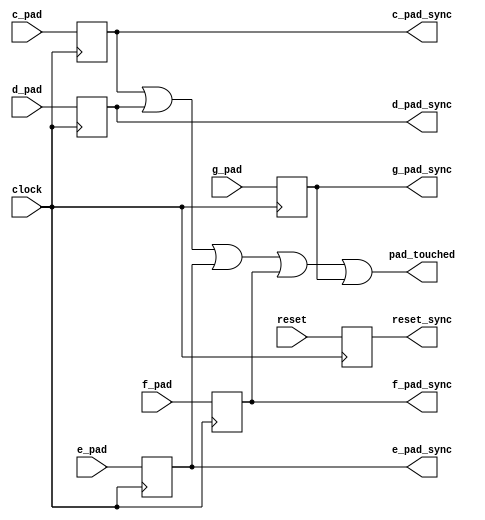
module debounce (
	input clock, 
	input reset, 
	input c_pad,
	input d_pad,
	input e_pad,
	input f_pad,
	input g_pad,
	output reg reset_sync,
	output reg c_pad_sync,
	output reg d_pad_sync,
	output reg e_pad_sync,
	output reg f_pad_sync,
	output reg g_pad_sync,
	output pad_touched
	);
	
	initial
		begin
			reset_sync <= 0;
			c_pad_sync <= 0;
			d_pad_sync <= 0;
			e_pad_sync <= 0;
			f_pad_sync <= 0;
			g_pad_sync <= 0;
		end
		
   always @(posedge clock)
		begin			
			reset_sync <= reset;
			c_pad_sync <= c_pad;
			d_pad_sync <= d_pad;
			e_pad_sync <= e_pad;
			f_pad_sync <= f_pad;
			g_pad_sync <= g_pad;
		end
		
	assign pad_touched = c_pad_sync | d_pad_sync | e_pad_sync | f_pad_sync | g_pad_sync;
	
endmodule